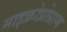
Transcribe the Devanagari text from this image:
माइक्रोप्रोग्राम